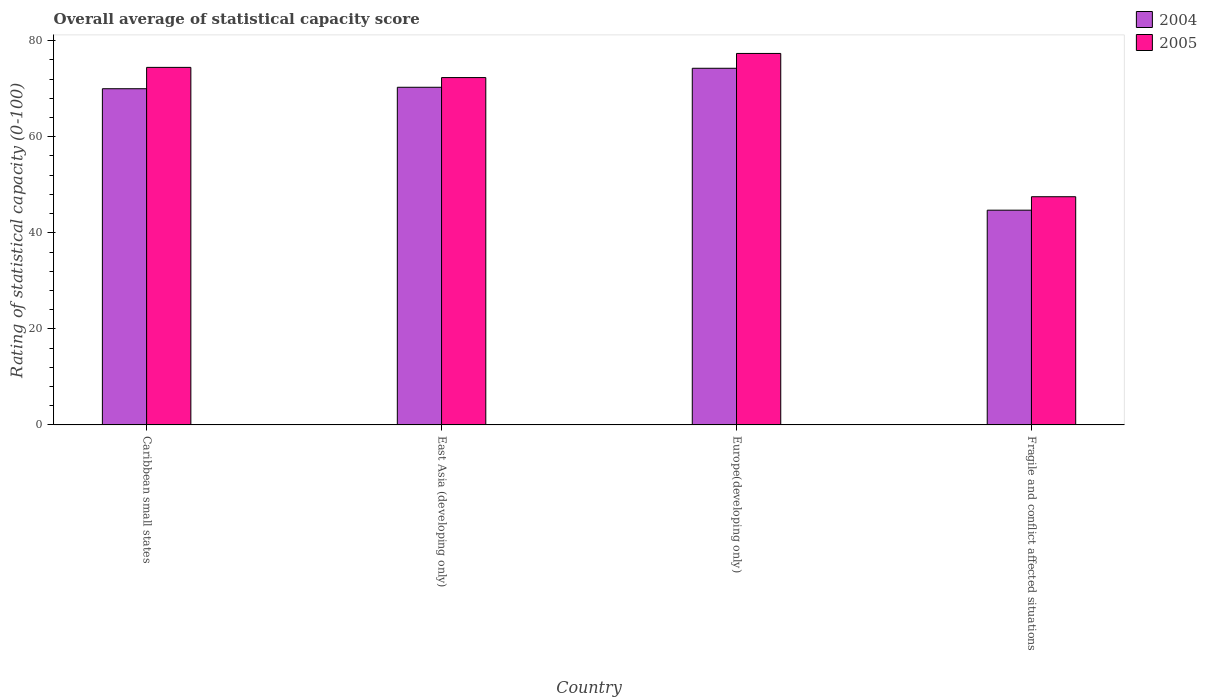
| Country | 2004 | 2005 |
 | --- | --- | --- |
 | Caribbean small states | 70 | 74.4 |
 | East Asia (developing only) | 70.3 | 72.3 |
 | Europe(developing only) | 74.3 | 77.3 |
 | Fragile and conflict affected situations | 44.7 | 47.5 |